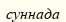
суннада